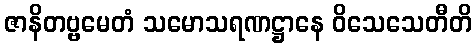
ဇာနိတဗ္ဗမေတံ သမောသရဏဋ္ဌာနေ ဝိသေသေတီတိ